Medical and sanitary report of the native army of Bengal for the year
Year: 1877
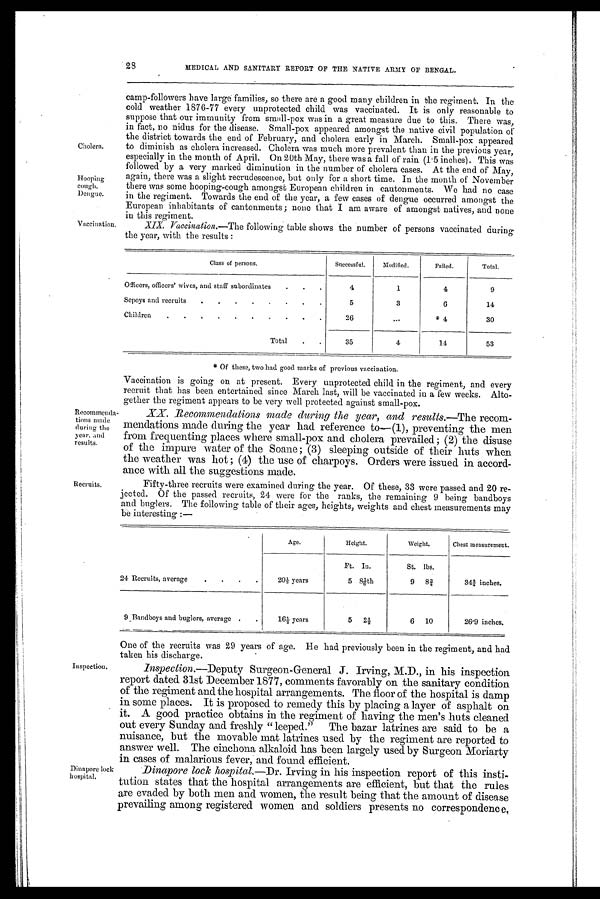
28
MEDICAL AND SANITARY REPORT OF THE NATIVE ARMY OF BENGAL.
Cholera.
Hooping
cough.
Dengue.
Vaccination.
camp-followers have large families, so there are a good many children in the regiment. In the
cold weather 1876-77 every unprotected child was vaccinated. It is only reasonable to
suppose that our immunity from small-pox was in a great measure due to this. There was,
in fact, no nidus for the disease. Small-pox appeared amongst the native civil population of
the district towards the end of February, and cholera early in March. Small-pox appeared
to diminish as cholera increased. Cholera was much more prevalent than in the previous year,
especially in the month of April. On 20th May, there was a fall of rain (1 . 5 inches). This was
followed by a very marked diminution in the number of cholera cases. At the end of May,
again, there was a slight recrudescence, but only for a short time. In the month of November
there was some hooping-cough amongst European children in cantonments. We had no case
in the regiment. Towards the end of the year, a few cases of dengue occurred amongst the
European inhabitants of cantonments; none that I am aware of amongst natives, and none
in this regiment.
XIX. Vaccination.—The following table shows the number of persons vaccinated during
the year, with the results:
Class of persons.
Successful.
Modified.
Failed.
Total.
Officers, officers' wives, and staff subordinates
.
.
.
4
1
4
9
Sepoys and recruits
.
.
.
.
.
.
.
.
5
3
6
14
Children
.
.
.
.
.
.
.
.
.
.
26
...
* 4
30
Total
.
.
35
4
14
53
* O f t h e s e , t w o h a d g o o d m a r k s o f p r e v i o u s v a c c i n a t i o n .
Recommenda-
tions made
during the
year, and
results.
Recruits.
Vaccination is going on at present. Every unprotected child in the regiment, and every
recruit that has been entertained since March last, will be vaccinated in a few weeks. Alto-
gether the regiment appears to be very well protected against small-pox.
XX. Recommendations made during the year, and results.—The recom-
mendations made during the year had reference to—(1),preventing the men
from frequenting places where small-pox and cholera prevailed; (2) the disuse
of the impure water of the Soane; (3) sleeping outside of their huts when
the weather was hot; (4) the use of charpoys. Orders were issued in accord-
ance with all the suggestions made.
Fifty-three recruits were examined during the year. Of these, 33 were passed and 20 re-
jected. Of the passed recruits, 24 were for the ranks, the remaining 9 being bandboys
and buglers. The following table of their ages, heights, weights and chest measurements may
be interesting :—
Age.
Height.
Weight.
Chest measurement.
24 Recruits, average
.
.
.
.
20½ years
Ft.
5
In.
81/ 6t h
St.
9
lbs.
8 ¾
343/4 inches.
9 Bandboys and buglers, average .
.
16½ years
5
2 ½
6
10
26.9 inches.
Inspection.
Dinapore lock
hospital.
One of the recruits was 29 years of age. He had previously been in the regiment, and had
taken his discharge.
Inspection.—Deputy Surgeon-General J. Irving, M.D., in his inspection
report dated 31st December 1877, comments favorably on the sanitary condition
of the regiment and the hospital arrangements. The floor of the hospital is damp
in some places. It is proposed to remedy this by placing a layer of asphalt on
it. A good practice obtains in the regiment of having the men's huts cleaned
out every Sunday and freshly "leeped." The bazar latrines are said to be a
nuisance, but the movable mat latrines used by the regiment are reported to
answer well. The cinchona alkaloid has been largely used by Surgeon Moriarty
in cases of malarious fever, and found efficient.
Dinapore lock hospital.—Dr. Irving in his inspection report of this insti-
tution states that the hospital arrangements are efficient, but that the rules
are evaded by both men and women, the result being that the amount of disease
prevailing among registered women and soldiers presents no correspondence,